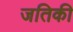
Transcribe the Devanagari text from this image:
जतिकी